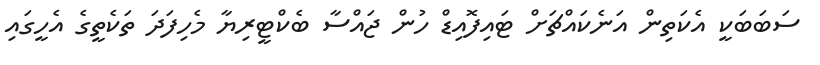
ސަބަބަކީ އެކަތިން އަނެކައްޗަށް ޓައިފޮއިޑް ހުން ޖައްސާ ބެކްޓީރިޔާ މެހިފަދަ ތަކެތީގެ އެހީގައި